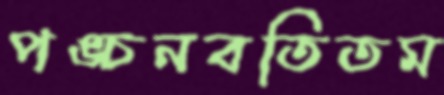
পঙ্চনবতিতম